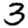
Digit: 3